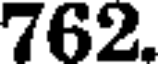
762.